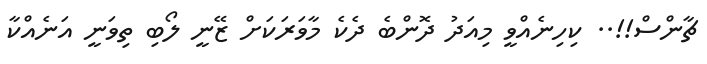
ޗާންސް!!.. ކިހިނެއްވީ މިއަދު ދޮންބެ ދެކެ މާވަރަކަށް ޒޭނީ ލޯބި ތިވަނީ އަނެއްކާ